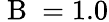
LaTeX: \mathrm{~B~}=1.0